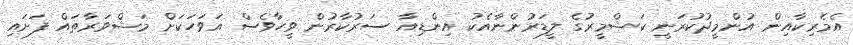
އެމެރިކާއިން އުންމީދުކުރަނީ ކަޝްމީރުގެ ލީޑަރުންނާއެކު އިންޑިއާ ސަރުކާރުން ވީހާވެސް އަވަހަކަށް މަޝްވަރާތައް ފަށައި